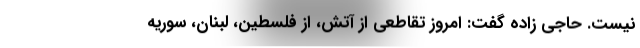
نیست. حاجی زاده گفت: امروز تقاطعی از آتش، از فلسطین، لبنان، سوریه